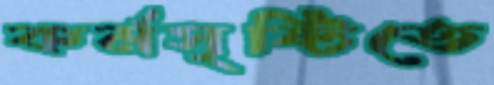
কর্মসৃষ্টিতে